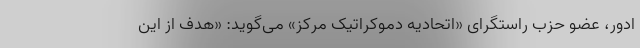
ادور، عضو حزب راستگرای «اتحادیه دموکراتیک مرکز» می‌گوید: «هدف از این